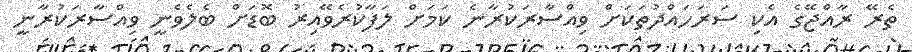
ތެރޭ ރާއްޖޭގެ އެކި ސަރަހައްދުތަކަށް ވިއްސާރަކުރާނެ ކަމަށް ލަފާކުރެވޭއިރު ބޮޑަށް ބެލެވެނީ ވިއްސާރަކުރާނީ